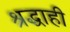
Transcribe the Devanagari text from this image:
श्रद्धाही